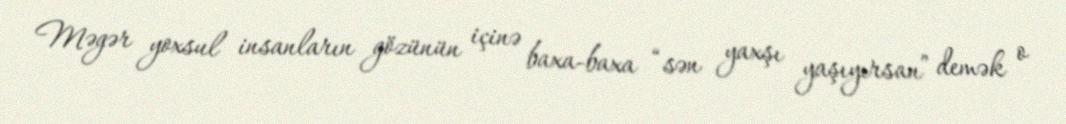
Məgər yoxsul insanların gözünün içinə baxa-baxa “sən yaxşı yaşıyırsan” demək o